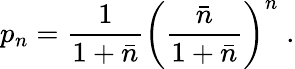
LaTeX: p_{n}=\frac{1}{1+\bar{n}}\left(\frac{\bar{n}}{1+\bar{n}}\right)^{n}\; .